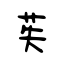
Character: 苵